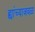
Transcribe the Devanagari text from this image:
ह्यांच्याजवळ